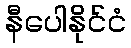
နီပေါနိုင်ငံ